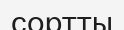
сортты